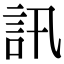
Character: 訊